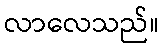
လာလေသည်။